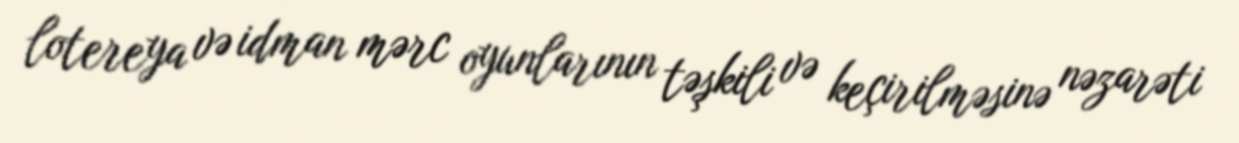
lotereya və idman mərc oyunlarının təşkili və keçirilməsinə nəzarəti